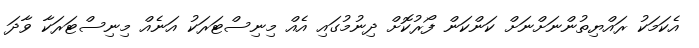
އެކަމަކު ރައްޔިތުންނަށްނަށް ކަންކަން ފޯރުކޮށް ދިނުމުގައި އެއް މިނިސްޓަރަކު އަނެއް މިނިސްޓަރަކާ ވާދަ